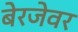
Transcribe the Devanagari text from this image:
बेरजेवर